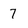
Character: 7